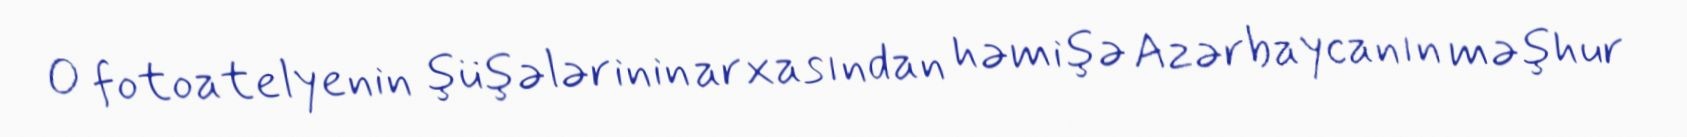
O fotoatelyenin şüşələrinin arxasından həmişə Azərbaycanın məşhur